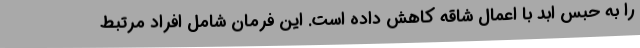
را به حبس ابد با اعمال شاقه کاهش داده است. این فرمان شامل افراد مرتبط